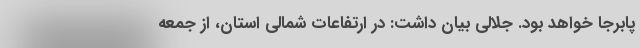
پابرجا خواهد بود. جلالی بیان داشت: در ارتفاعات شمالی استان، از جمعه